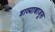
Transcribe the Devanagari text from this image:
डाव्याबाजूस